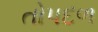
તોપદળ